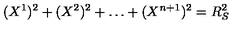
( X ^ { 1 } ) ^ { 2 } + ( X ^ { 2 } ) ^ { 2 } + \dots + ( X ^ { n + 1 } ) ^ { 2 } = R _ { S } ^ { 2 }